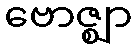
ဗောဇ္ဈာ